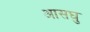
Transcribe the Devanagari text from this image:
आसघु